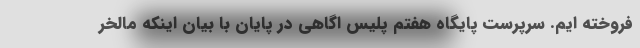
فروخته ایم. سرپرست پایگاه هفتم پلیس اگاهی در پایان با بیان اینکه مالخر